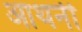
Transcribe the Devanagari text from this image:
आथनी